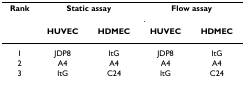
<table><thead><tr><td><b>Rank</b></td><td colspan="2"><b>Static assay</b></td><td colspan="2"><b>Flow assay</b></td></tr><tr><td></td><td><b>HUVEC</b></td><td><b>HDMEC</b></td><td><b>HUVEC</b></td><td><b>HDMEC</b></td></tr></thead><tbody><tr><td>1</td><td>JDP8</td><td>ItG</td><td>JDP8</td><td>ItG</td></tr><tr><td>2</td><td>A4</td><td>A4</td><td>A4</td><td>A4</td></tr><tr><td>3</td><td>ItG</td><td>C24</td><td>ItG</td><td>C24</td></tr></tbody></table>